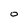
Character: 0